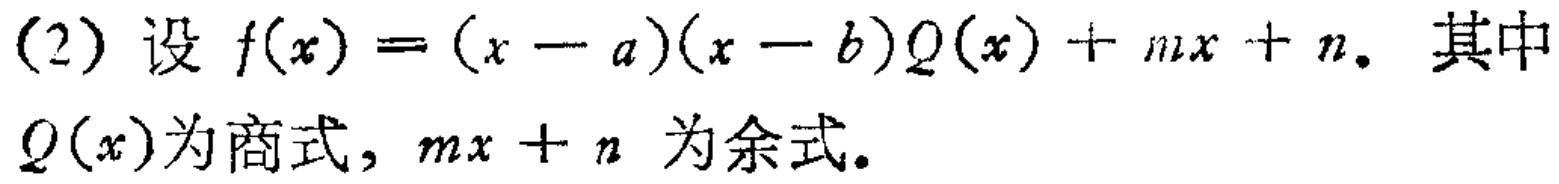
(2) 设 \(f(x)=(x - a)(x - b)Q(x)+mx + n\). 其中

\(Q(x)\)为商式, \(mx + n\) 为余式.